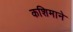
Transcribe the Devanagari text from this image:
कशिमाने